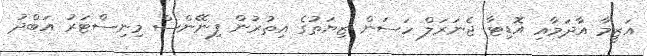
އަޒީމާ އާދަމާއި އޮޑިޓާ ޖެނަރަލް ހަސަން ޒިޔަތުގެ އިތުރުން ފިނޭންސް މިނިސްޓަރު އަބްދު